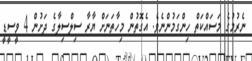
ނެރުމުގެ މަސައްކަތް ހިންގަމުންނެވެ. އެގޮތުން މިހާތަނަށް ޔާރާ ސިލްސިލާގެ ދަށުން 4 ވީސީޑީ